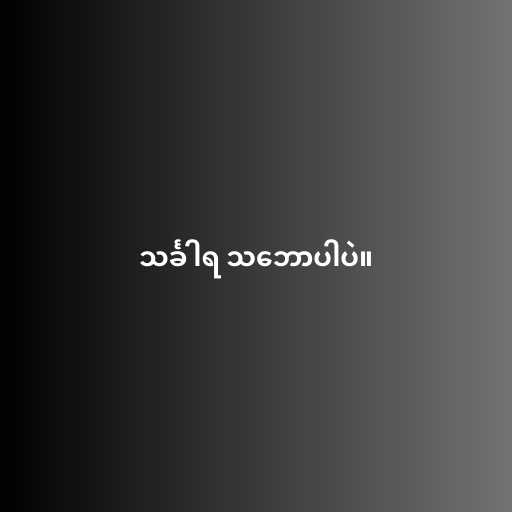
သင်္ခါရ သ‌ဘောပါပဲ။